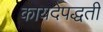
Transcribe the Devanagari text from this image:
कायदेपद्धती